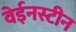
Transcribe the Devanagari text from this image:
वेईनस्टीन